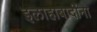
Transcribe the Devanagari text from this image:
इलाहाबादींना